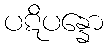
ပဋိပန္နော